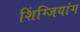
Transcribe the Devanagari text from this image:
शिंग्जियांग